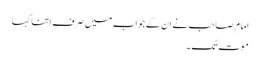
امام صاحب نے ان کے جواب میں صرف اتنا کہا
موت تک۔